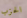
الحزب